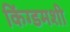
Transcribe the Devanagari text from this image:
किंग्डमशी